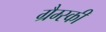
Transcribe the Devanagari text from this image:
ग्रैम्स्की